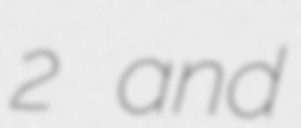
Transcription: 2 and